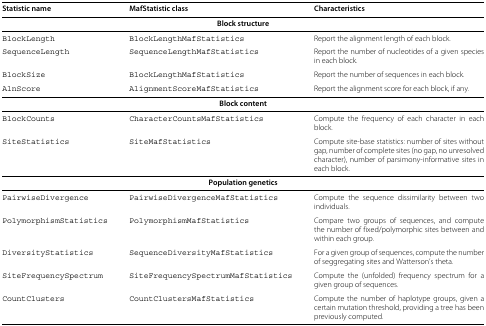
| Statistic name | MafStatistic class | Characteristics |
 | --- | --- | --- |
 | <COLSPAN=3> Block structure |
 | BlockLength | BlockLengthMafStatistics | Report the alignment length of each block. |
 | SequenceLength | SequenceLengthMafStatistics | Report the number of nucleotides of a given species in each block. |
 | BlockSize | BlockLengthMafStatistics | Report the number of sequences in each block. |
 | AlnScore | AlignmentScoreMafStatistics | Report the alignment score for each block, if any. |
 | <COLSPAN=3> Block content |
 | BlockCounts | CharacterCountsMafStatistics | Compute the frequency of each character in each block. |
 | SiteStatistics | SiteMafStatistics | Compute site-base statistics: number of sites without gap, number of complete sites (no gap, no unresolved character), number of parsimony-informative sites in each block. |
 | <COLSPAN=3> Population genetics |
 | PairwiseDivergence | PairwiseDivergenceMafStatistics | Compute the sequence dissimilarity between two individuals. |
 | PolymorphismStatistics | PolymorphismMafStatistics | Compare two groups of sequences, and compute the number of fixed/polymorphic sites between and within each group. |
 | DiversityStatistics | SequenceDiversityMafStatistics | For a given group of sequences, compute the number of seggregating sites and Watterson’s theta. |
 | SiteFrequencySpectrum | SiteFrequencySpectrumMafStatistics | Compute the (unfolded) frequency spectrum for a given group of sequences. |
 | CountClusters | CountClustersMafStatistics | Compute the number of haplotype groups, given a certain mutation threshold, providing a tree has been previously computed. |